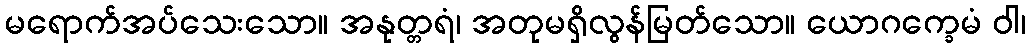
မရောက်အပ်သေးသော။ အနုတ္တရံ၊ အတုမရှိလွန်မြတ်သော။ ယောဂက္ခေမံ ဝါ၊